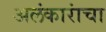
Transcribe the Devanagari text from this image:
अलंकारांचा